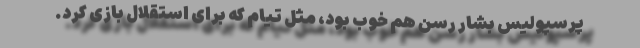
پرسپولیس بشار رسن هم خوب بود، مثل تیام که برای استقلال بازی کرد.